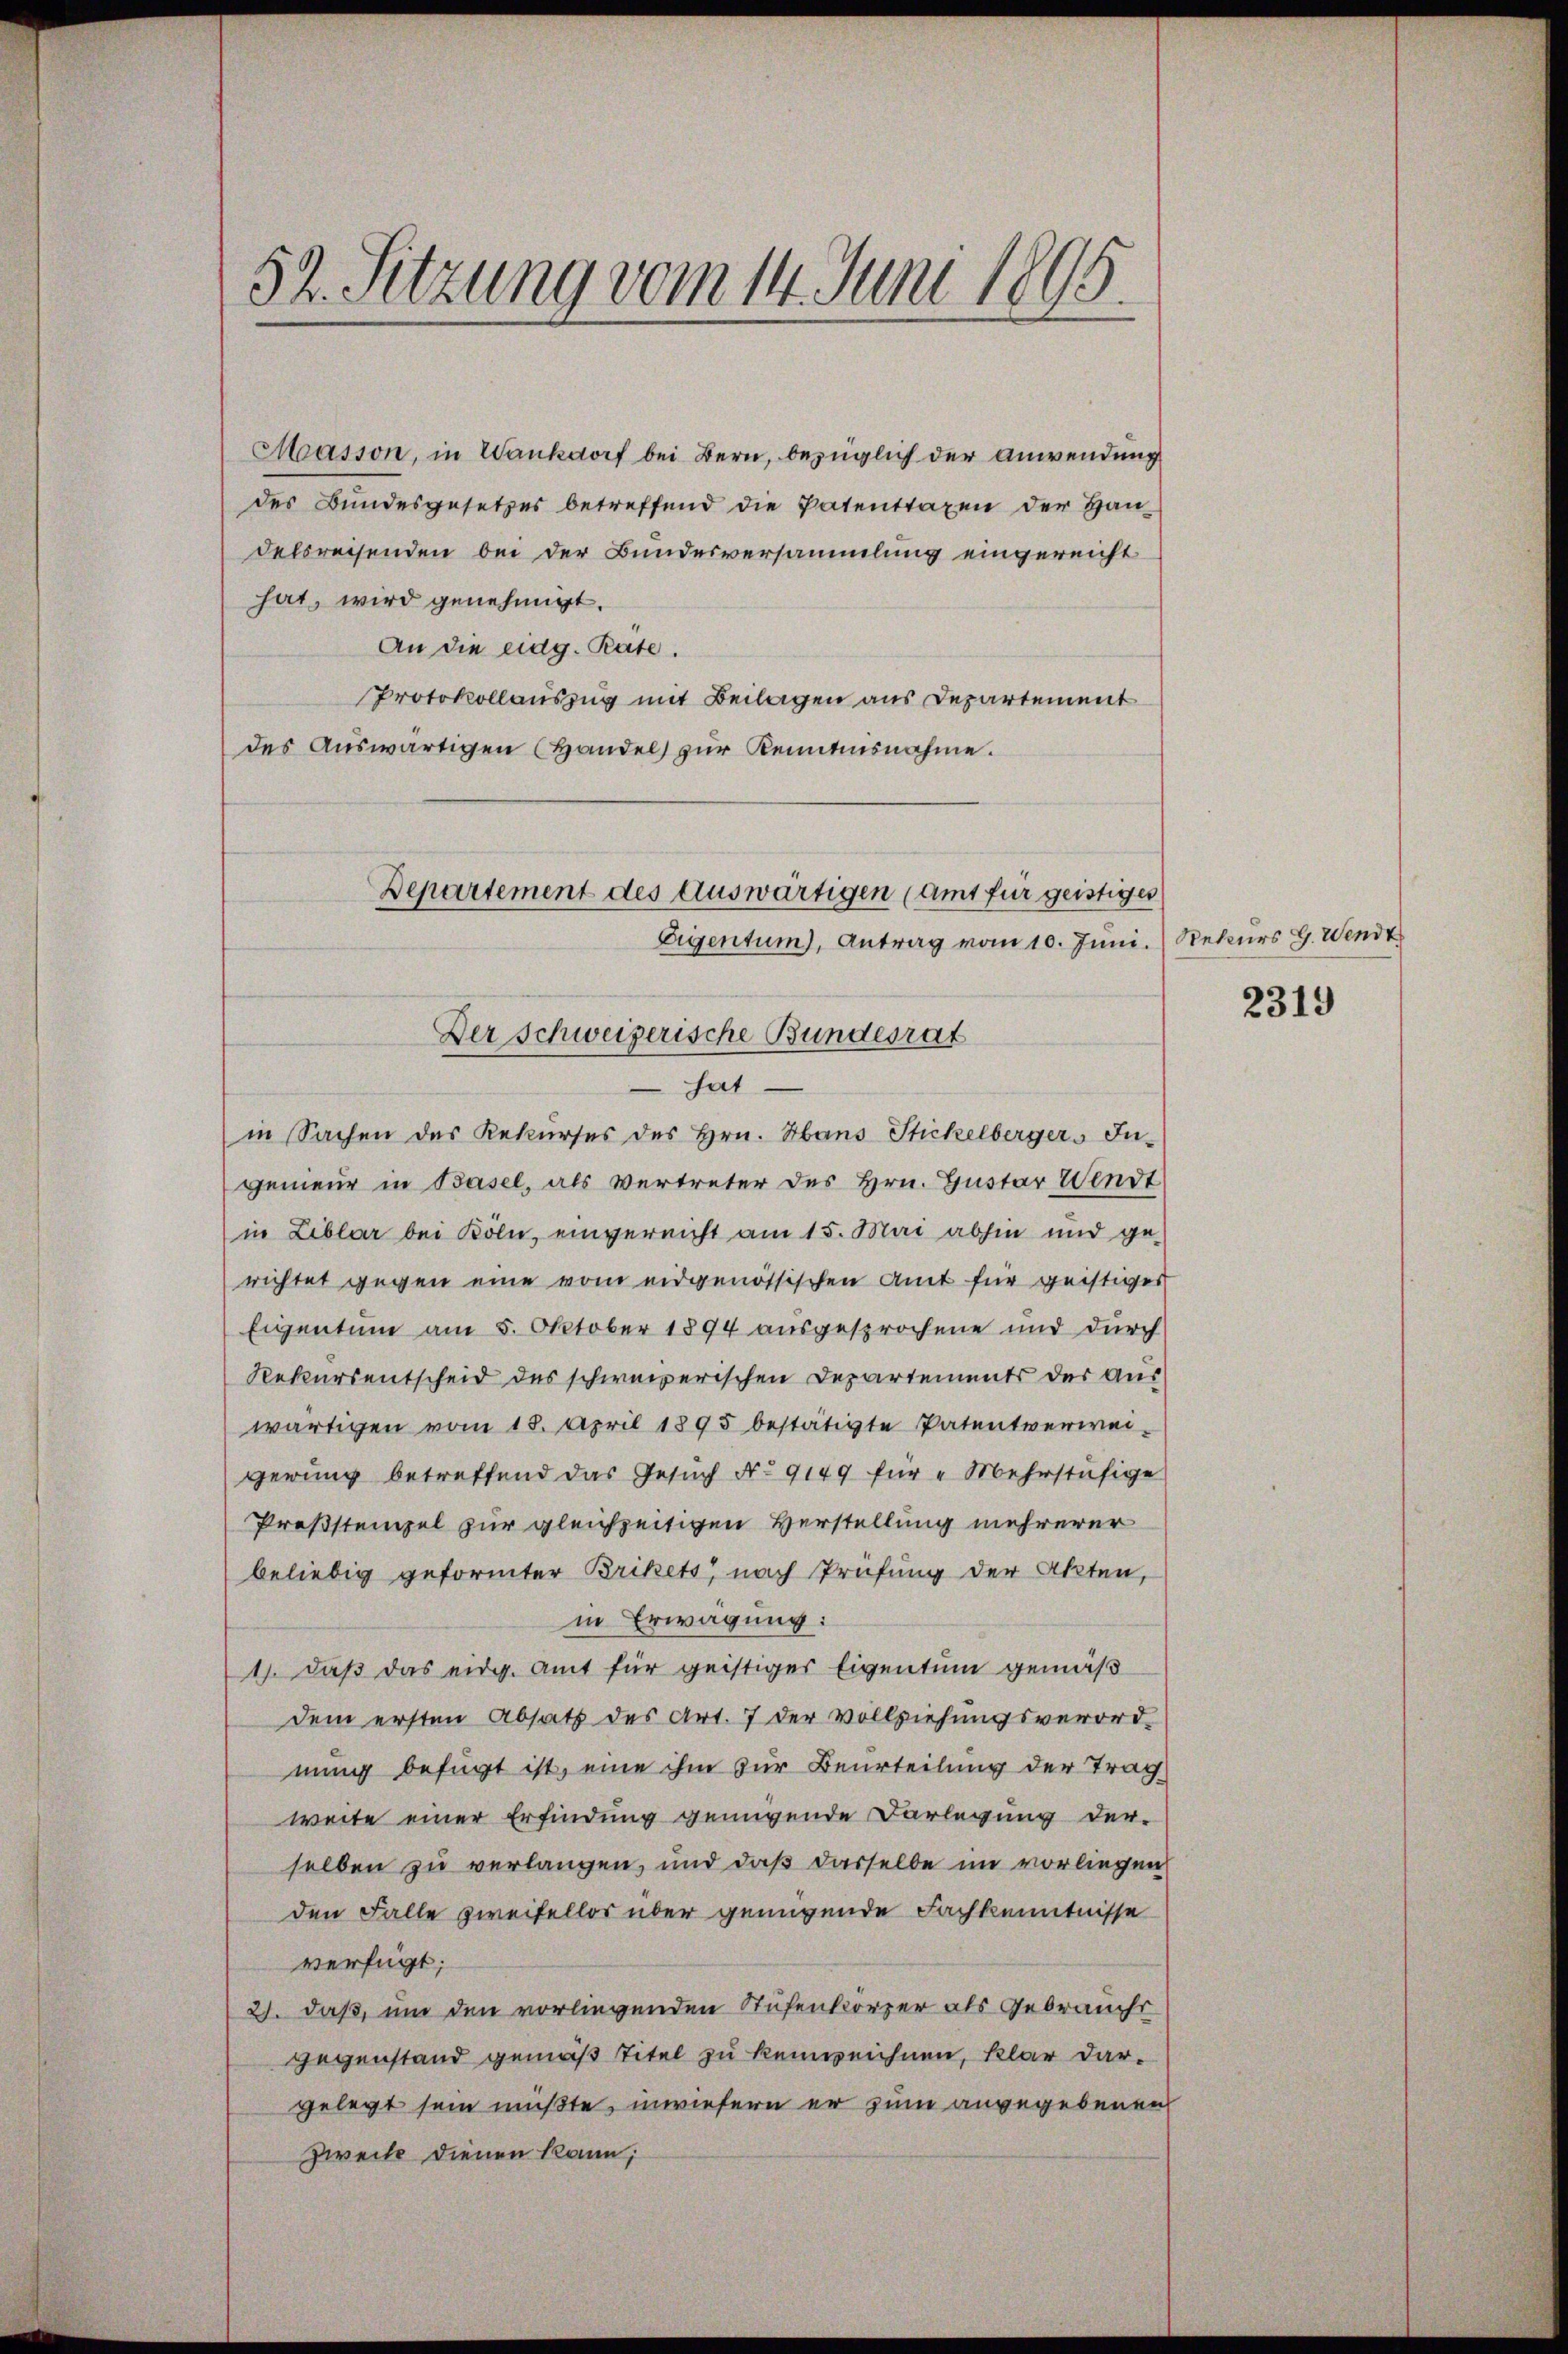
52. Sitzung vom 14. Juni 1895.

Masson, in Wankdorf bei Bern, bezüglich der Anwendung
des Bundesgesetzes betreffend die Patenttaxen der Handelsreisenden bei der Bundesversammlung eingereicht
hat, wird genehmigt.
An die eidg. Räte.
Protokollauszug mit Beilagen aus Departement
des Aŭswärtigen (Handel zŭr Kenntnisnahme.

Departement des Auswärtigen (amt für geistiges
Eigentum), Antrag vom 10. Juni. Rekurs G. Wendt
Der Schweizerische Bundesrat
hat

in Sachen des Rekurses des Hrn. Hans Stickelbergers Ingenein in Basel, als vertreter des Hrn. Guster Wendt
in Liblar bei Köln, eingereicht am 15. Mai abhin und ge-
richtet gegen eine vom eidgenössischen Amt für geistiges
Eigentum am 5. Oktober 1894 ausgesprochene und durch
Rekursentscheid des schweizerischen Departements der auswärtigen vom 18. April 1895 bestätigte Patentverwei-
gerung betreffend das Gesuch No 9149 für „Mehrstufige
Proßstempel zur gleichzeitigen Verstellung mehrerer
beliebig geformter Brikets nach Prüfung der Akten,
in Erwägung:
1). Daß das eidg. Amt für geistiger Eigentum gemäß
dem ersten Absatz des Art. 7 der Vollziehungsverord-
nung befügt ist, eine ihm zur Beurteilung der Trag
weite einer Erfindung genügende Darlegung der-
selben zu verlangen, und daß dasselbe im vorliegen
den Falle zweifellos über genügende Fachkenntnisse
verfügt:
2. daß, um den vorliegenden Stufenkörper als Gebrauchs
Gegenstand gemäß Titel zu keinweichnen, klar dargelegt sein müßte, inwiefern er zum angegebenen
Zweite dienen kann;

2319